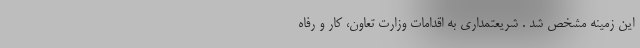
این زمینه مشخص شد . شریعتمداری به اقدامات وزارت تعاون، کار و رفاه